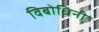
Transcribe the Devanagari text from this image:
विबोधिनी